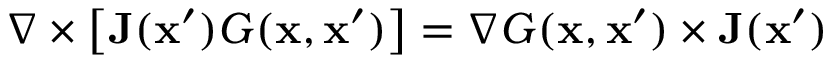
\nabla \times \big [ \mathbf { J } ( \mathbf { x } ^ { \prime } ) G ( \mathbf { x } , \mathbf { x } ^ { \prime } ) \big ] = \nabla G ( \mathbf { x } , \mathbf { x } ^ { \prime } ) \times \mathbf { J } ( \mathbf { x } ^ { \prime } )